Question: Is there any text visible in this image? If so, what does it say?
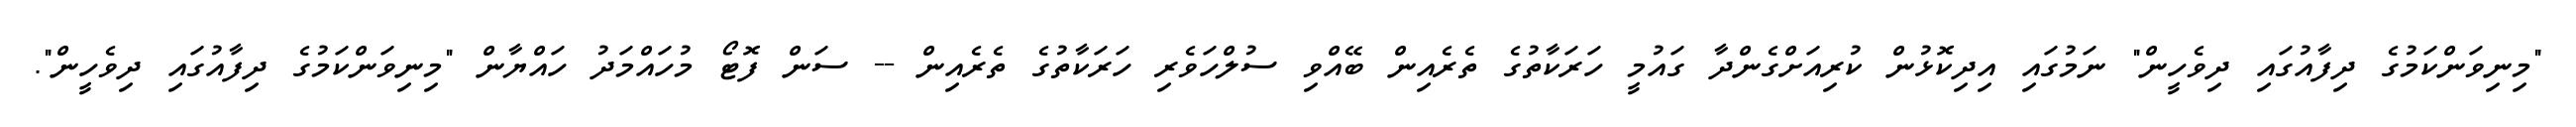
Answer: "މިނިވަންކަމުގެ ދިފާއުގައި ދިވެހީން" ނަމުގައި އިދިކޮޅުން ކުރިއަށްގެންދާ ގައުމީ ހަރަކާތުގެ ތެރެއިން ބޭއްވި ސުލްހަވެރި ހަރަކާތުގެ ތެރެއިން -- ސަން ފޮޓޯ މުހައްމަދު ހައްޔާން "މިނިވަންކަމުގެ ދިފާއުގައި ދިވެހީން".